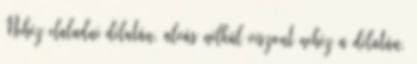
Nehéz elaludni délután, alvás nélkül viszont nehéz a délután,